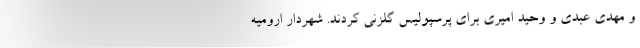
و مهدی عبدی و وحید امیری برای پرسپولیس گلزنی کردند. شهردار ارومیه